Note on elephants in Burma, with a description of their equipment
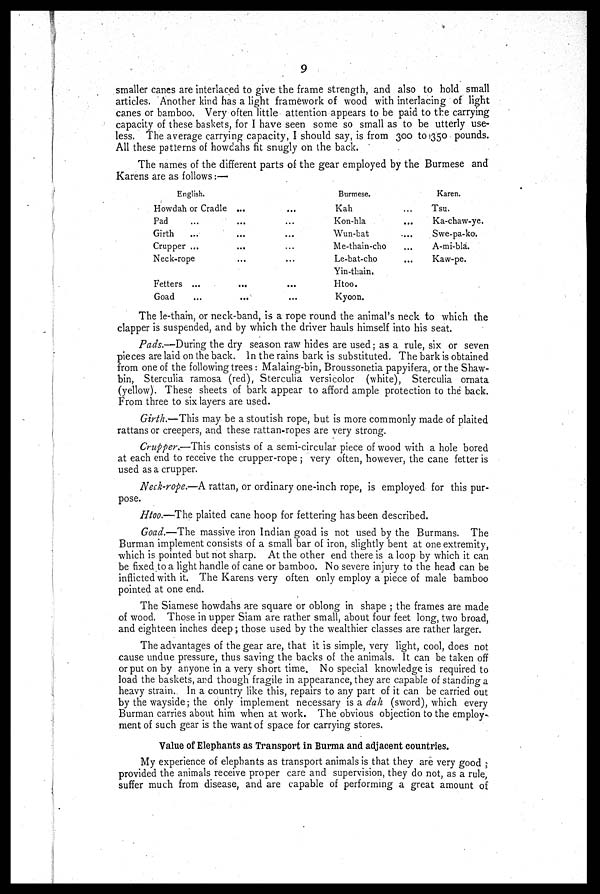
9
smaller canes are interlaced to give the frame strength, and also to hold small
articles. Another kind has a light framework of wood with interlacing of light
canes or bamboo. Very often little attention appears to be paid to the carrying
capacity of these baskets, for I have seen some so small as to be utterly use-
less. The average carrying capacity, I should say, is from 300 to 350 pounds.
All these patterns of howdahs fit snugly on the back.
The names of the different parts of the gear employed by the Burmese and
Karens are as follows:—
English.
Howdah or Cradle
Pad
Girth
Crupper ...
Neck-rope
Fetters ...
Goad
...
...
...
...
...
...
...
...
...
...
...
...
...
Burmese.
Kah
Kon-hla
Wun-bat
Me-thain-cho
Le-bat-cho
Yin-thain.
Htoo.
Kyoon.
...
...
...
...
...
Karen.
Tsu.
Ka-chaw-ye.
Swe-pa-ko.
A-mi-bla.
Kaw-pe.
The le-thain, or neck-band, is a rope round the animal's neck to which the
clapper is suspended, and by which the driver hauls himself into his seat.
Pads.—During the dry season raw hides are used; as a rule, six or seven
pieces are laid on the back. In the rains bark is substituted. The bark is obtained
from one of the following trees : Malaing-bin, Broussonetia papyifera, or the Shaw-
bin, Sterculia ramosa (red), Sterculia versicolor (white), Sterculia ornata
(yellow). These sheets of bark appear to afford ample protection to the back.
From three to six layers are used.
Girth.—This may be a stoutish rope, but is more commonly made of plaited
rattans or creepers, and these rattan-ropes are very strong.
Crupper.—This consists of a semi-circular piece of wood with a hole bored
at each end to receive the crupper-rope 5 very often, however, the cane fetter is
used as a crupper.
Neck-rope.—A rattan, or ordinary one-inch rope, is employed for this pur-
pose.
Htoo.—The plaited cane hoop for fettering has been described.
Goad.—The massive iron Indian goad is not used by the Burmans. The
Burman implement consists of a small bar of iron, slightly bent at one extremity,
which is pointed but not sharp. At the other end there is a loop by which it can
be fixed to a light handle of cane or bamboo. No severe injury to the head can be
inflicted with it. The Karens very often only employ a piece of male bamboo
pointed at one end.
The Siamese howdahs are square or oblong in shape ; the frames are made
of wood, Those in upper Siam are rather small, about four feet long, two broad,
and eighteen inches deep; those used by the wealthier classes are rather larger.
The advantages of the gear are, that it is simple, very light, cool, does not
cause undue pressure, thus saving the backs of the animals. It can be taken off
or put on by anyone in a very short time. No special knowledge is required to
load the baskets, and though fragile in appearance, they are capable of standing a
heavy strain. In a country like this, repairs to any part of it can be carried out
by the wayside; the only implement necessary is a dah (sword), which every
Burman carries about him when at work. The obvious objection to the employ-
ment of such gear is the want of space for carrying stores.
Value of Elephants as Transport in Burma and adjacent countries.
My experience of elephants as transport animals is that they are very good
provided the animals receive proper care and supervision, they do not, as a rule,
suffer much from disease, and are capable of performing a great amount of